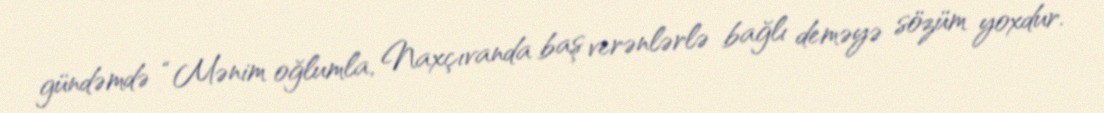
gündəmdə “Mənim oğlumla, Naxçıvanda baş verənlərlə bağlı deməyə sözüm yoxdur.